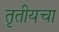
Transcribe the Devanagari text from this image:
तृतीयचा